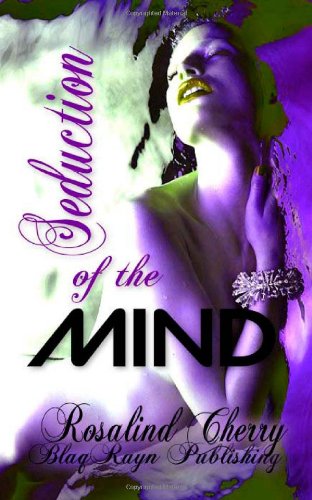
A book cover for Seduction of the MIND; Rosalind Cherry; Romance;